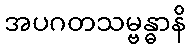
အပဂတသမ္ဗန္ဓာနိ